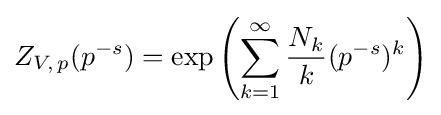
Z_{V\!,\,p}(p^{-s})=\exp \left(\sum _{k=1}^{\infty }{\frac {N_{k}}{k}}(p^{-s})^{k}\right)